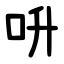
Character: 呏